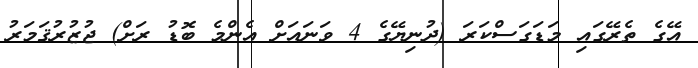
އޭގެ ތެރޭގައި މަޑަގަސްކަރަ (ދުނިޔޭގެ 4 ވަނައަށް އެންމެ ބޮޑު ރަށް) ޖުޒުރުޤަމަރު